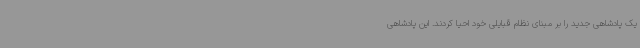
یک پادشاهی جدید را بر مبنای نظام قبایلی خود احیا کردند. این پادشاهی